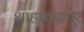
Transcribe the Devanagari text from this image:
शाहबाझपूर